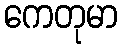
ကေတုမာ